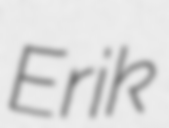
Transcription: Erik